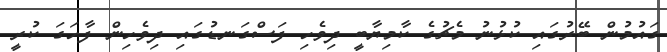
ގައުމުން ބޭރުގައި ކުޅުނު މެޗުގެ ކާމިޔާބީ ދިވެހި ފަސްގަނޑުގައި ދިވެހިން ފާހަގަ ކުރީ